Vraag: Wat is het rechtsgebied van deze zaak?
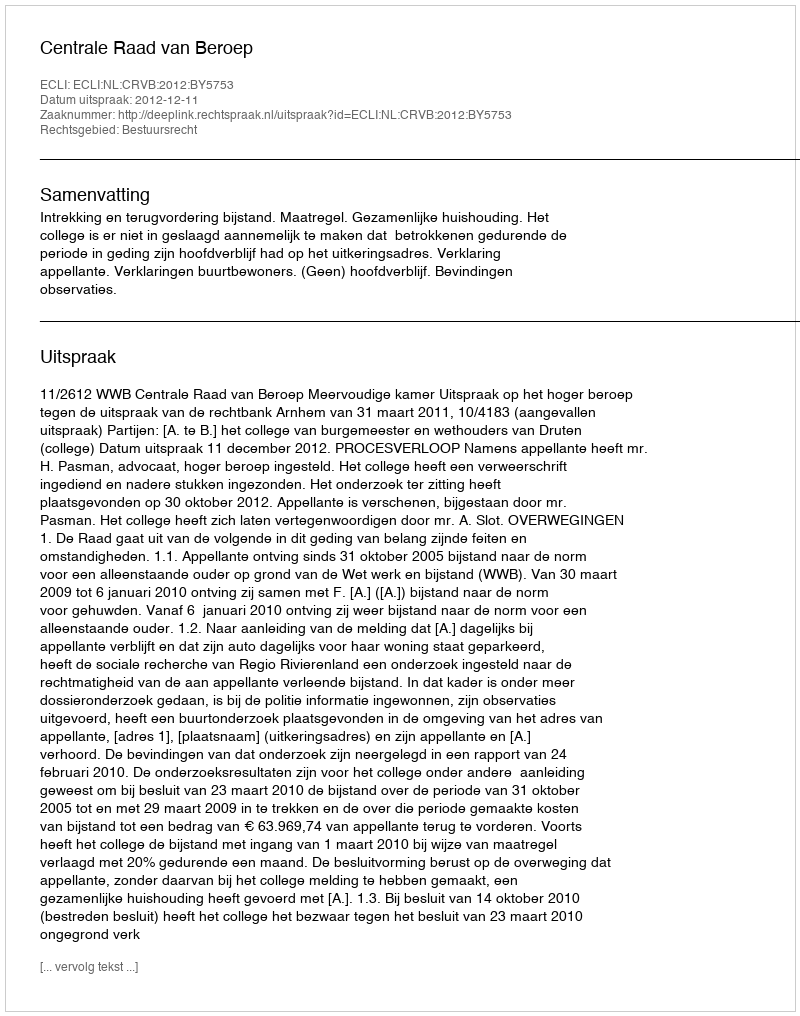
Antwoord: Bestuursrecht